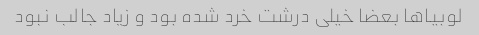
لوبیا‌ها بعضا خیلی درشت خرد شده بود و زیاد جالب نبود